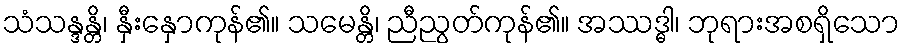
သံသန္ဒန္တိ၊ နှီးနှောကုန်၏။ သမေန္တိ၊ ညီညွတ်ကုန်၏။ အဿဒ္ဓါ၊ ဘုရားအစရှိသော